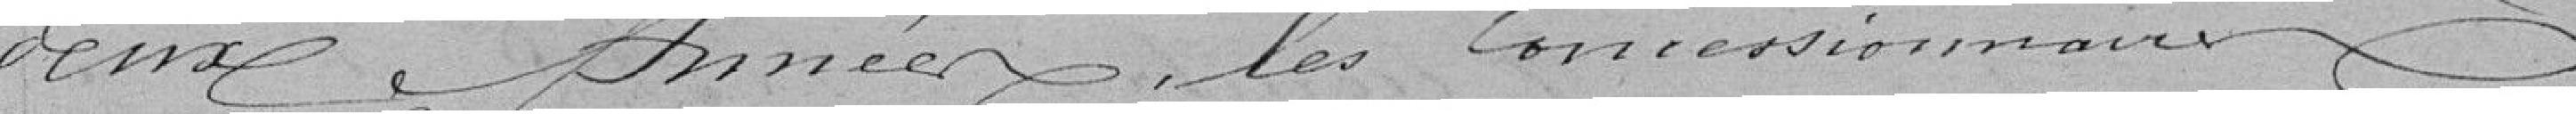
deux années, les concessionnaires